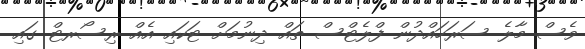
ވެސް މާލެ ސަރަހައްދުން ފްލެޓްސް ތައް ދިނުމަށް ޓަކައި އެއް ރިސޯރޓް ގައި